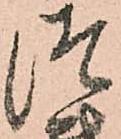
つ